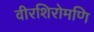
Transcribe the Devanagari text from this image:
वीरशिरोमणि